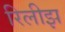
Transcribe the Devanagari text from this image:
रिलीझ